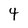
Character: 4